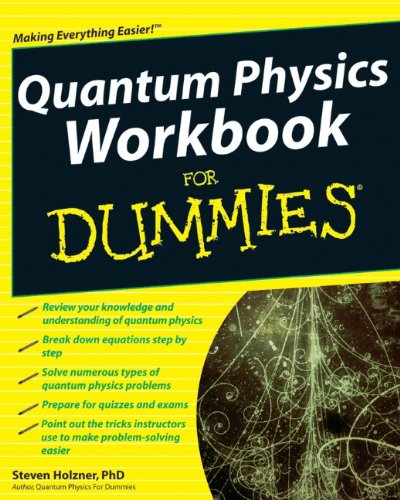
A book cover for Quantum Physics Workbook For Dummies; Steven Holzner; Science & Math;